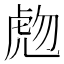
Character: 虝